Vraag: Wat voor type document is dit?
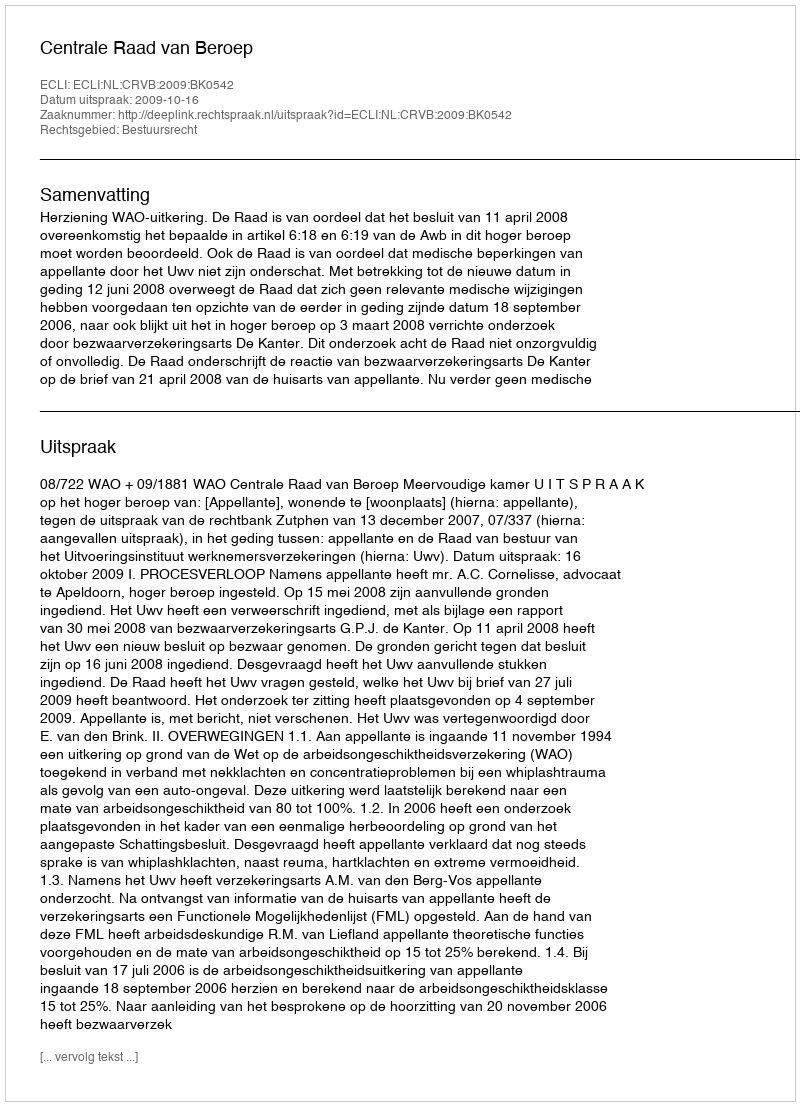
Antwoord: Uitspraak